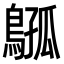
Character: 𫛈